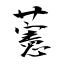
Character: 藼